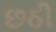
છઠી